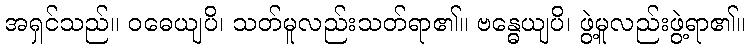
အရှင်သည်။ ဝဓေယျပိ၊ သတ်မူလည်းသတ်ရာ၏။ ဗန္ဓေယျပိ၊ ဖွဲ့မူလည်းဖွဲ့ရာ၏။